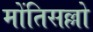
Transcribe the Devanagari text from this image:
मोंतिसल्लो